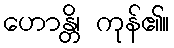
ဟောန္တိ၊ ကုန်၏။